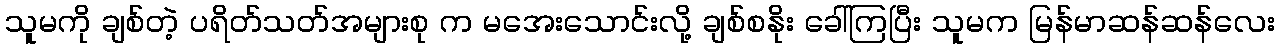
သူမကို ချစ်တဲ့ ပရိတ်သတ်အများစု က မအေးသောင်းလို့ ချစ်စနိုး ခေါ်ကြပြီး သူမက မြန်မာဆန်ဆန်လေး